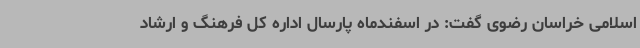
اسلامی خراسان رضوی گفت: در اسفندماه پارسال اداره کل فرهنگ و ارشاد